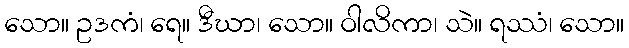
သော။ ဥဒကံ၊ ရေ။ ဒီဃာ၊ သော။ ဝါလိကာ၊ သဲ။ ရဿံ၊ သော။